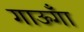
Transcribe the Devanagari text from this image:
गाऊँगा